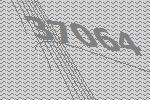
37064